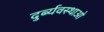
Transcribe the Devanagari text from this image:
दुर्ब्यवस्थाओ